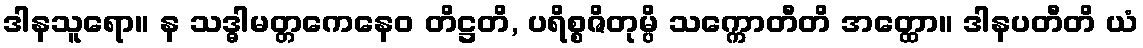
ဒါနသူရော။ န သဒ္ဓါမတ္တကေနေဝ တိဋ္ဌတိ, ပရိစ္စဇိတုမ္ပိ သက္ကောတီတိ အတ္ထော။ ဒါနပတီတိ ယံ